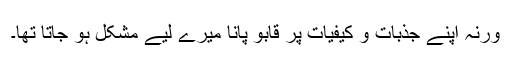
ورنہ اپنے جذبات و کیفیات پر قابو پانا میرے لیے مشکل ہو جاتا تھا۔